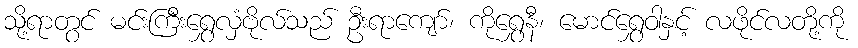
သို့ရာတွင် မင်းကြီးရွှေလှံဗိုလ်သည် ဦးရာကျော်၊ ကိုရွှေနီ၊ မောင်ရွှေဝါနှင့် လဖိုင်လတို့ကို